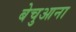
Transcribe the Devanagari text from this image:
बेचुआना